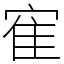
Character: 寉